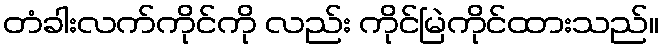
တံခါးလက်ကိုင်ကို လည်း ကိုင်မြဲကိုင်ထားသည်။